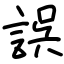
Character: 誤